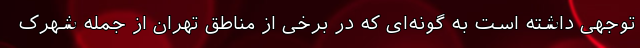
توجهی داشته است به گونه‌ای که در برخی از مناطق تهران از جمله شهرک